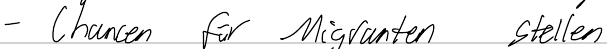
- Chancen für Migranten stellen